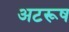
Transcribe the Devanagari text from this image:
अटरूष